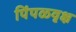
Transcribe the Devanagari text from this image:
पिंपळवृक्ष